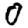
Digit: 0